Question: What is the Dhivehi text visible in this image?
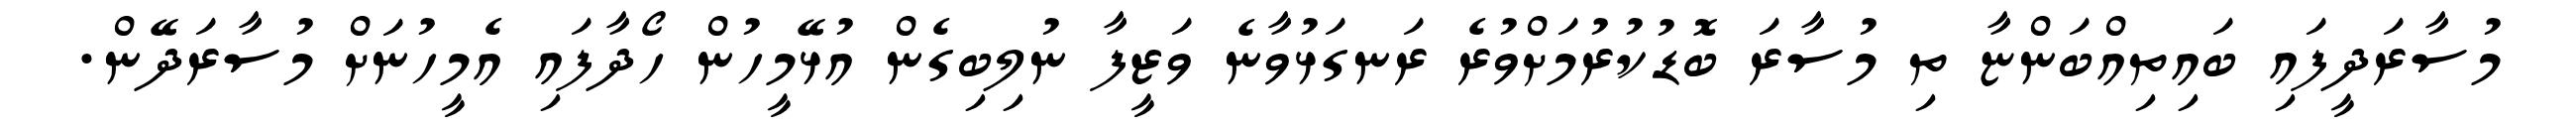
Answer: މުސާރަދީފައި ބައިތިއްބަންޏާ ތި މުސާރަ ބޮޑުކުރުމަށްވުރެ ރަނގަޅުވާނެ ވަޒީފާ ނުލިބިގެން އުޅޭމީހުން ހޯދާފައި އެމީހުނަށް މުސާރަދޭން.